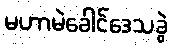
မဟာမဲခေါင်ဒေသခွဲ